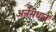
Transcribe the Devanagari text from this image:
अनेसंधान